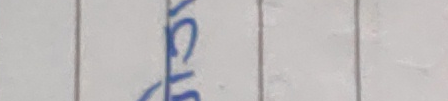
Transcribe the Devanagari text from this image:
ब्रोन्स